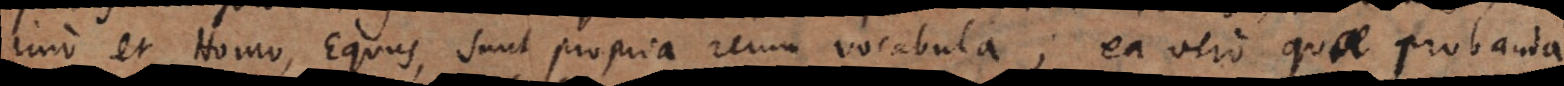
imo et Homo, Equus, sunt propria rerum vocabula; ea vero quae probanda